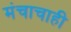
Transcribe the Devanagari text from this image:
मंचाचाही